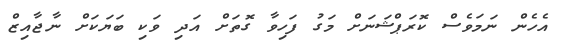
އެހެން ނަމަވެސް ކޮރަޕްޝަނަށް މަގު ފަހިވާ ގޮތަށް އަދި ވަކި ބަޔަކަށް ނާޖާއިޒް